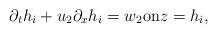
LaTeX: \begin{align*}\partial_t h_i + u_2 \partial_x h_i = w_2 \mbox{on} z=h_i,\end{align*}